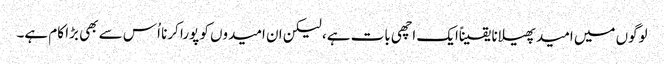
لوگوں میں امید پھیلانا یقیناًایک اچھی بات ہے، لیکن ان امیدوں کو پورا کرنا اُس سے بھی بڑا کام ہے۔